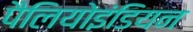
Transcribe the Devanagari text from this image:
पैलियोइंडियन